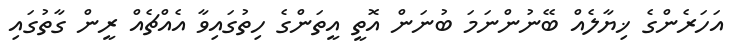
އަހަރެންގެ ޚިޔާލެއް ބޭނުންނަމަ ބުނަން އޮތީ އީތަންގެ ހިތުގައިވާ އެއްޗެއް ރީން ގާތުގައި